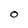
Character: O